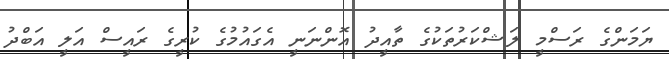
ޔަމަންގެ ރަސްމީ ލަޝްކަރުތަކުގެ ތާއީދު އޮންނަނީ އެގައުމުގެ ކުރީގެ ރައީސް އަލީ އަބްދު